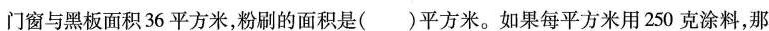
门窗与黑板面积36平方米，粉刷的面积是( )平方米。如果每平方米用250克涂料，那